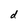
Character: d